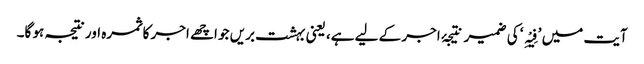
آیت میں ’فِیْہِ‘ کی ضمیر نتیجۂ اجر کے لیے ہے، یعنی بہشت بریں جو اچھے اجر کا ثمرہ اور نتیجہ ہو گا۔